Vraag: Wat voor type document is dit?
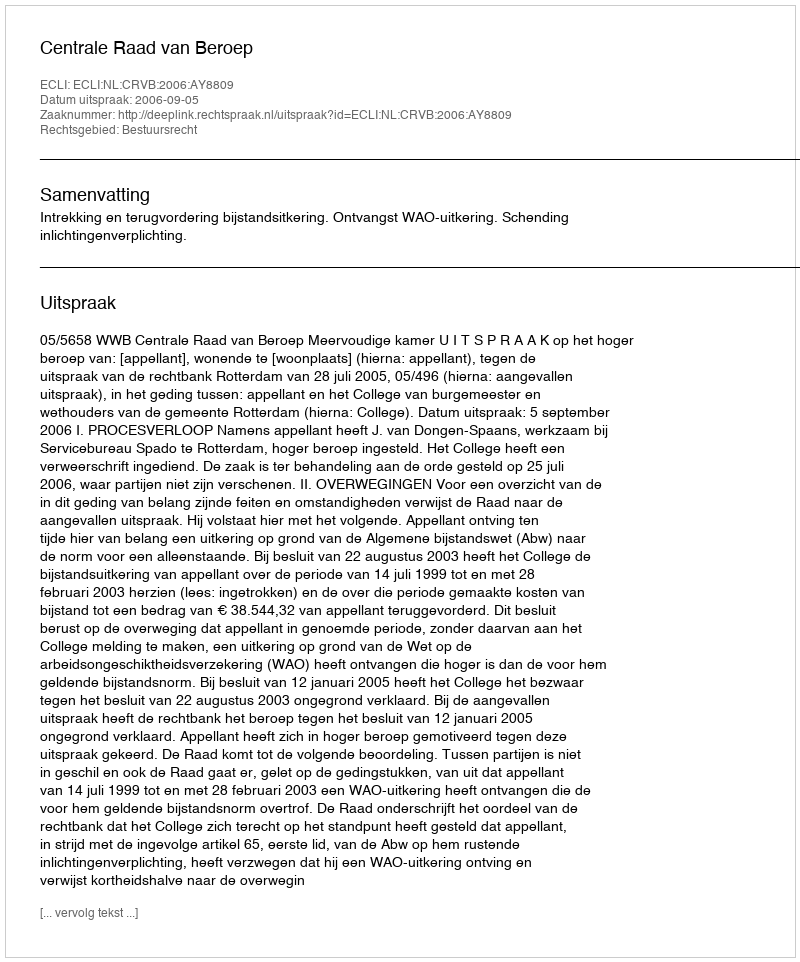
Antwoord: Uitspraak